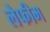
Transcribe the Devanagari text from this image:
लैफीम